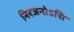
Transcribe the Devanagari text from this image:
निरंजनोऽसि